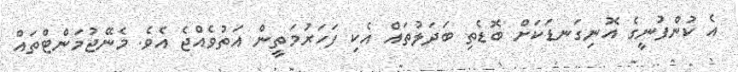
އެ ކުންފުނީގެ އޮނިގަނޑަކަށް ބޮޑެތި ބަދަލުތައް އެކި ފަހަރުމަތީން އަތުވެއްޖެ އެވެ. މެނޭޖުމަންޓްތައް